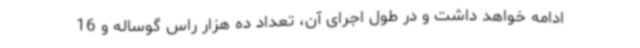
ادامه خواهد داشت و در طول اجرای آن، تعداد ده هزار راس گوساله و 16